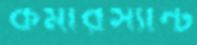
কমারস্যান্ট